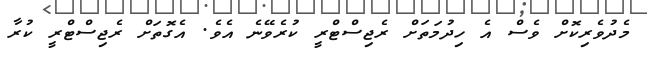
މެދުވެރިކޮށް ވެސް އެ ހިދުމަތަށް ރެޖިސްޓްރީ ކުރެވޭނެ އެވެ. އެގޮތަށް ރެޖިސްޓްރީ ކުރާ